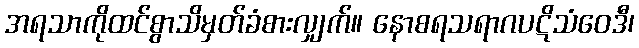
အရသာကိုထင်စွာသိမှတ်ခံစားလျှက်။ နောစရသရာဂပဋိသံဝေဒီ၊